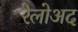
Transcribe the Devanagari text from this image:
रेलोअद